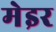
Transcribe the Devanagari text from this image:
मेइर